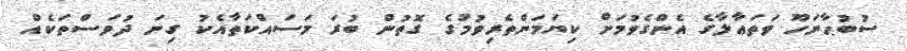
ސުބުޙާނަހޫ ވަތަޢާލާގެ އެންގެވުމަށް ކިޔަމަންތެރިވުމުގެ ގޮތުން ބުރަ މަސައްކަތާއެކު ގިނަ ދުވަސްތަކެއް